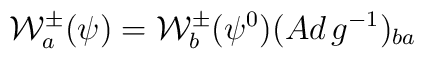
{\cal W}_a ^{\pm} (\psi) = {\cal W}_b ^{\pm} (\psi^0) (Ad\,g^{-1})_{ba} \,